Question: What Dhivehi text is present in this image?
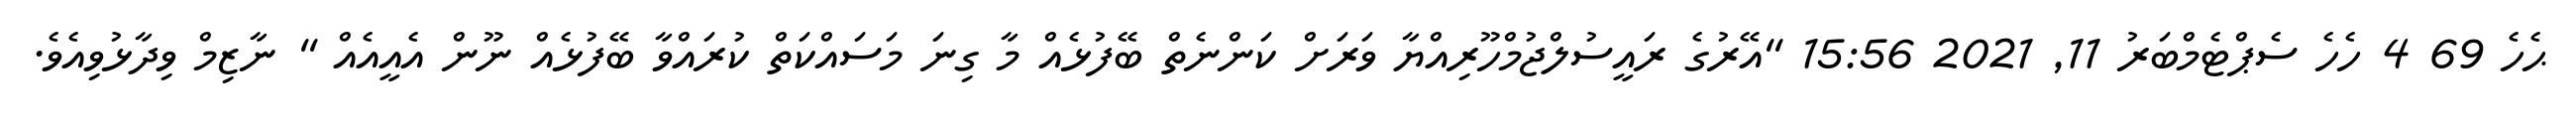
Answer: ޙެހެ 69 4 ހެހެ ސެޕްޓެމްބަރު 11, 2021 15:56 "އޭރުގެ ރައީސުލްޖުމްހޫރިއްޔާ ވަރަށް ކަންނެތް ބޭފުޅެއް މާ ގިނަ މަސައްކަތް ކުރައްވާ ބޭފުޅެއް ނޫން އެއީއެއް " ނާޒިމް ވިދާޅުވިއެވެ.